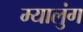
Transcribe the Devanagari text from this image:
म्यालुंग